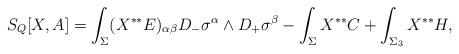
LaTeX: \begin{align*}S_Q[X,A]=\int_{\Sigma}(X^{**}E)_{\alpha\beta}D_-\sigma^\alpha\wedge D_+\sigma^\beta-\int_{\Sigma}X^{**}C+\int_{\Sigma_3}X^{**}H,\end{align*}